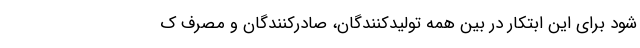
شود برای این ابتکار در بین همه تولیدکنندگان، صادرکنندگان و مصرف ک